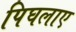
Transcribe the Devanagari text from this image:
पिघलाए